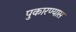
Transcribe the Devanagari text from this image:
पुकारण्यास